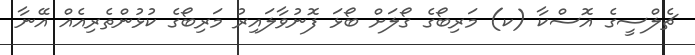
ޗެލްސީގެ އޮސްކާ (ކ) މަރިބޯގެ ގޯލަށް ބޯޅަ ފޮނުވާލައިރު މަރިބޯގެ ކުޅުންތެރިއެއް އޭނާ